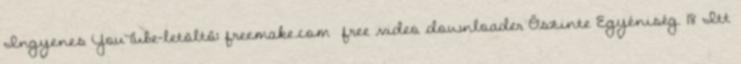
Ingyenes YouTube-letöltő: freemake.com free video downloader Őszinte Egyéniség. 18 Itt